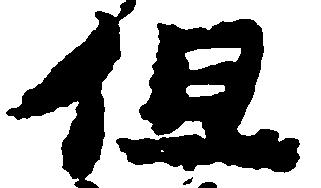
但